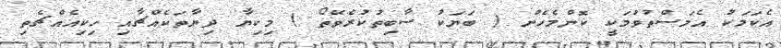
އެކަމަކު އެމަސްތުވުމަކީ ކޮންމެހެން ( ބަޔަކު ސާބިތުކުރެވޭތޯ ) މިކިޔާ ދިޔާތަކެއްޗާއި ހިކިއެއްޗެތި